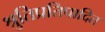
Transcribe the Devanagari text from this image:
श्रुतिप्रतिपादित